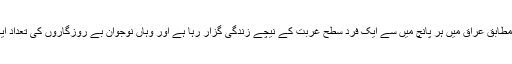
ورلڈ بینک کے مطابق عراق میں ہر پانچ میں سے ایک فرد سطح غربت کے نیچے زندگی گزار رہا ہے اور وہاں نوجوان بے روزگاروں کی تعداد ایک چوتھائی ہے۔